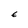
Character: E